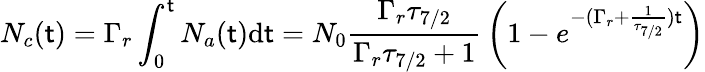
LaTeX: N_{c}(\mathsf{t})=\Gamma_{r}\int_{0}^{\mathsf{t}}N_{a}(\mathsf{t})\mathrm{{d}}\mathsf{t}=N_{0}{\frac{{\Gamma_{r}\tau_{7/2}}}{{\Gamma_{r}\tau_{7/2}+1}}}\left(1-e^{-(\Gamma_{r}+{\frac{{1}}{{\tau_{7/2}}}})\mathsf{t}}\right)